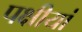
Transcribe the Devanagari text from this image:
पक्षीयां